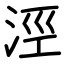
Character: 涇